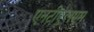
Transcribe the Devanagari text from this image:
एनटीएलएम